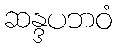
ဆန္ဒပဘဝံ